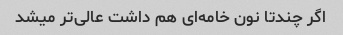
اگر چندتا نون خامه‌ای هم داشت عالی‌تر میشد